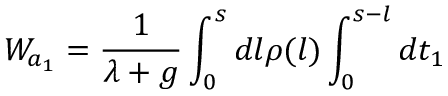
W _ { a _ { 1 } } = \frac { 1 } { \lambda + g } \int _ { 0 } ^ { s } d l \rho ( l ) \int _ { 0 } ^ { s - l } d t _ { 1 }